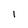
Character: 1